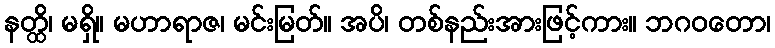
နတ္ထိ၊ မရှိ။ မဟာရာဇ၊ မင်းမြတ်။ အပိ၊ တစ်နည်းအားဖြင့်ကား။ ဘဂဝတော၊